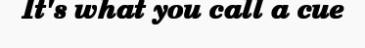
It's what you call a cue